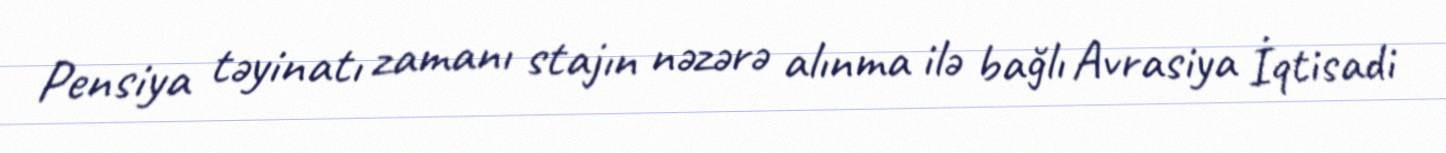
Pensiya təyinatı zamanı stajın nəzərə alınma ilə bağlı Avrasiya İqtisadi